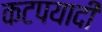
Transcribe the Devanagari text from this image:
कटपयादी